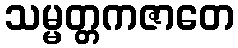
သမ္မတ္တကဇာတေ